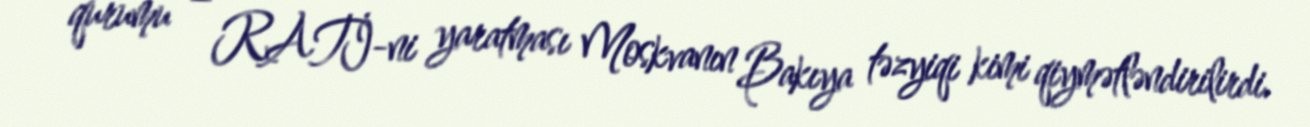
qurumu – RATİ-ni yaratması Moskvanın Bakıya təzyiqi kimi qiymətləndirilirdi.